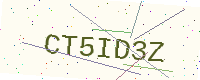
Text: CT5ID3Z